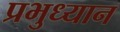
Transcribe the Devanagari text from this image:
प्रभुध्यान